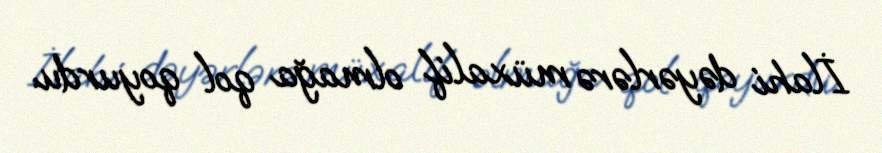
İlahi dəyərlərə müxalif olmağa qol qoyurdu.